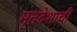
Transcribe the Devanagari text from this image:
मृतदेशाची